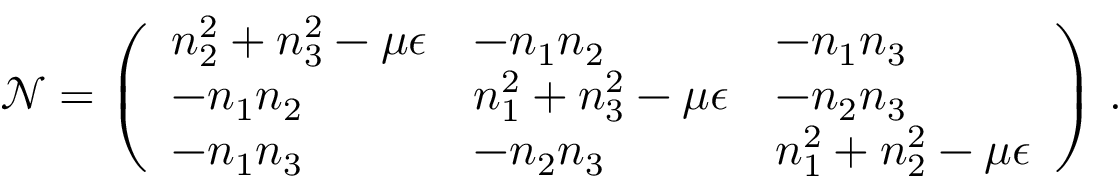
\mathcal { N } = \left( \begin{array} { l l l } { n _ { 2 } ^ { 2 } + n _ { 3 } ^ { 2 } - \mu \epsilon } & { - n _ { 1 } n _ { 2 } } & { - n _ { 1 } n _ { 3 } } \\ { - n _ { 1 } n _ { 2 } } & { n _ { 1 } ^ { 2 } + n _ { 3 } ^ { 2 } - \mu \epsilon } & { - n _ { 2 } n _ { 3 } } \\ { - n _ { 1 } n _ { 3 } } & { - n _ { 2 } n _ { 3 } } & { n _ { 1 } ^ { 2 } + n _ { 2 } ^ { 2 } - \mu \epsilon } \end{array} \right) \, .